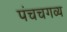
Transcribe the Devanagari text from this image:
पंचचगव्य